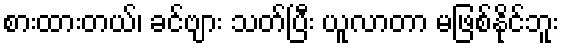
စားထားတယ်၊ ခင်ဗျား သတ်ပြီး ယူလာတာ မဖြစ်နိုင်ဘူး